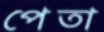
পেতা